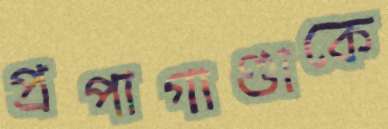
প্রপাগাণ্ডাকে